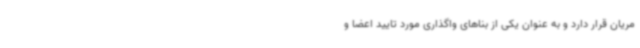
مریان قرار دارد و به عنوان یکی از بناهای واگذاری مورد تایید اعضا و